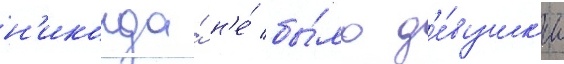
н'икогда́ н'е́ бы́ло д'е́вушк'и